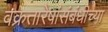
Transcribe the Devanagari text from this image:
वक्रतारेषांसंबंधीच्या